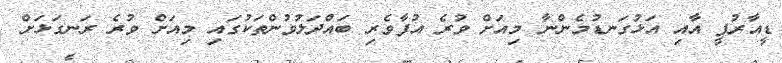
ޑީއާރުޕީ އާއި އަޅުގަނޑުމެންނާ މިއަށް ވުރެ އުފާވެރި ބައްދަލުވުންތަކުގައި މިއަށް ވުރެ ރަނގަޅަށް